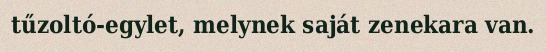
tűzoltó-egylet, melynek saját zenekara van.